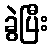
ခွဲပြီး